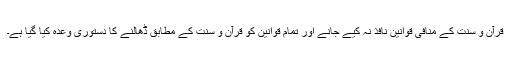
قرآن و سنت کے منافی قوانین نافذ نہ کیے جانے اور تمام قوانین کو قرآن و سنت کے مطابق ڈھالنے کا دستوری وعدہ کیا گیا ہے۔